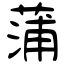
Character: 蒲